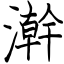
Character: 澣